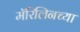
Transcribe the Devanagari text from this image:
मॅरिलिनच्या